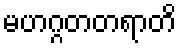
မဟဂ္ဂတတရာတိ